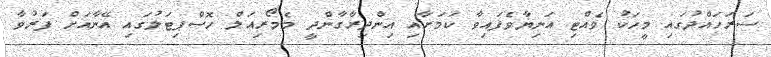
ސަރަހައްދުގައި މީހަކު ވެއްޓި އަނިޔާވެފައިވާ ކަމަށާއި އިންދިރާގާންދީ މެމޯރިއަލް ހޮސްޕިޓަލުގައި އޭނާއަށް ފަރުވާ